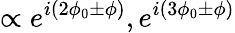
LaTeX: \propto e^{i(2\phi_{0}\pm\phi)},e^{i(3\phi_{0}\pm\phi)}